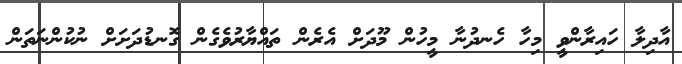
އާދިލާ ހައިރާންވީ މިހާ ހެނދުނާ މީހުން މޫދަށް އެރެން ތައްޔާރުވެގެން ގޮނޑުދަށަށް ނުކުންނަތަން